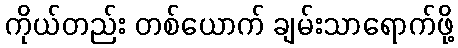
ကိုယ်တည်း တစ်ယောက် ချမ်းသာရောက်ဖို့